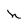
Character: n